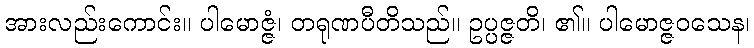
အားလည်းကောင်း။ ပါမောဇ္ဇံ၊ တရုဏပီတိသည်။ ဥပ္ပဇ္ဇတိ၊ ၏။ ပါမောဇ္ဇဝသေန၊